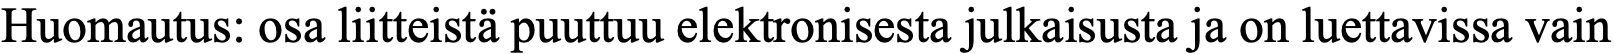
Huomautus: osa liitteistä puuttuu elektronisesta julkaisusta ja on luettavissa vain